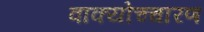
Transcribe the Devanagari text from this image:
वाक्योच्चारण